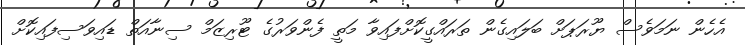
އެހެން ނަމަވެސް ޔޫރަޕަށް ބަލައިގެން ތަރައްގީކޮށްފައިވާ މަތީ ފެންވަރުގެ ޓޫރިޒަމް ސިނާއަތް ޑައިވަސިފައިކޮށް